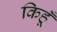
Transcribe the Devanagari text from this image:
किहूँ